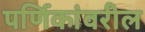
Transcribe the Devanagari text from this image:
पर्णिकांवरील